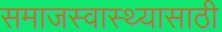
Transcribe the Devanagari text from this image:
समाजस्वास्थ्यासाठी